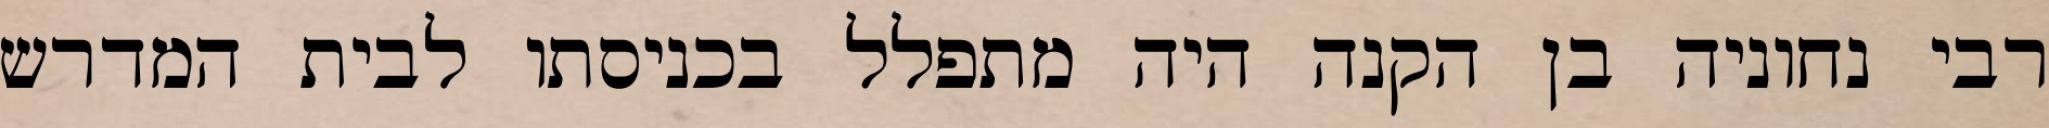
רבי נחוניה בן הקנה היה מתפלל בכניסתו לבית המדרש